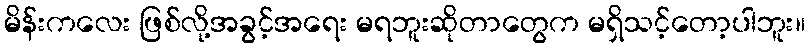
မိန်းကလေး ဖြစ်လို့အခွင့်အရေး မရဘူးဆိုတာတွေက မရှိသင့်တော့ပါဘူး။